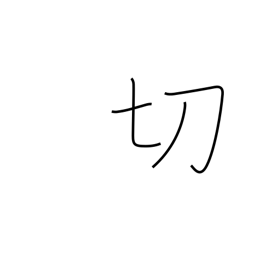
Meaning: be sharp